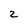
Character: 2